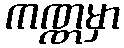
ကဏ္ဏမှာ